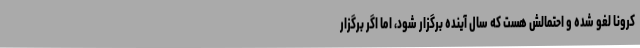
کرونا لغو شده و احتمالش هست که سال آینده برگزار شود، اما اگر برگزار